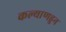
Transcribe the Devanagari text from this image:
कल्याणहुन